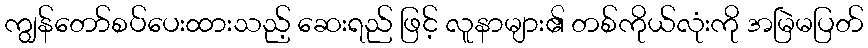
ကျွန်တော်စပ်ပေးထားသည့် ဆေးရည် ဖြင့် လူနာများ၏ တစ်ကိုယ်လုံးကို အမြဲမပြတ်